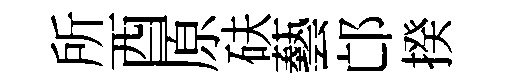
所酉原砆藝邙揆